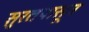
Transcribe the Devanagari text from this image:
सुरतपासून